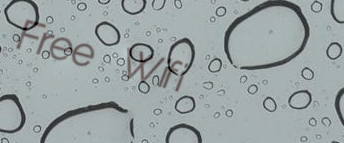
Free Wifi